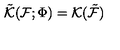
\tilde { { \cal K } } ( { \cal F } ; \Phi ) = { \cal K } ( \tilde { { \cal F } } )